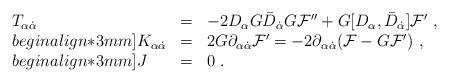
LaTeX: \begin{align*}\begin{array}{lll}T_{\alpha{\dot{\alpha}}}&=&-2 D_\alpha G {\bar D}_{\dot{\alpha}} G{\mathcal F}''+ G [D_\alpha,{\bar D}_{\dot{\alpha}}] {\mathcal F}'\ ,\\begin{align*}3mm]K_{\alpha{\dot{\alpha}}}&=&2G\partial_{\alpha{\dot{\alpha}}}{\mathcal F}'=-2\partial_{\alpha{\dot{\alpha}}}({\mathcal F}-G{\mathcal F}')\ ,\\begin{align*}3mm]J&=&0\ .\end{array}\end{align*}